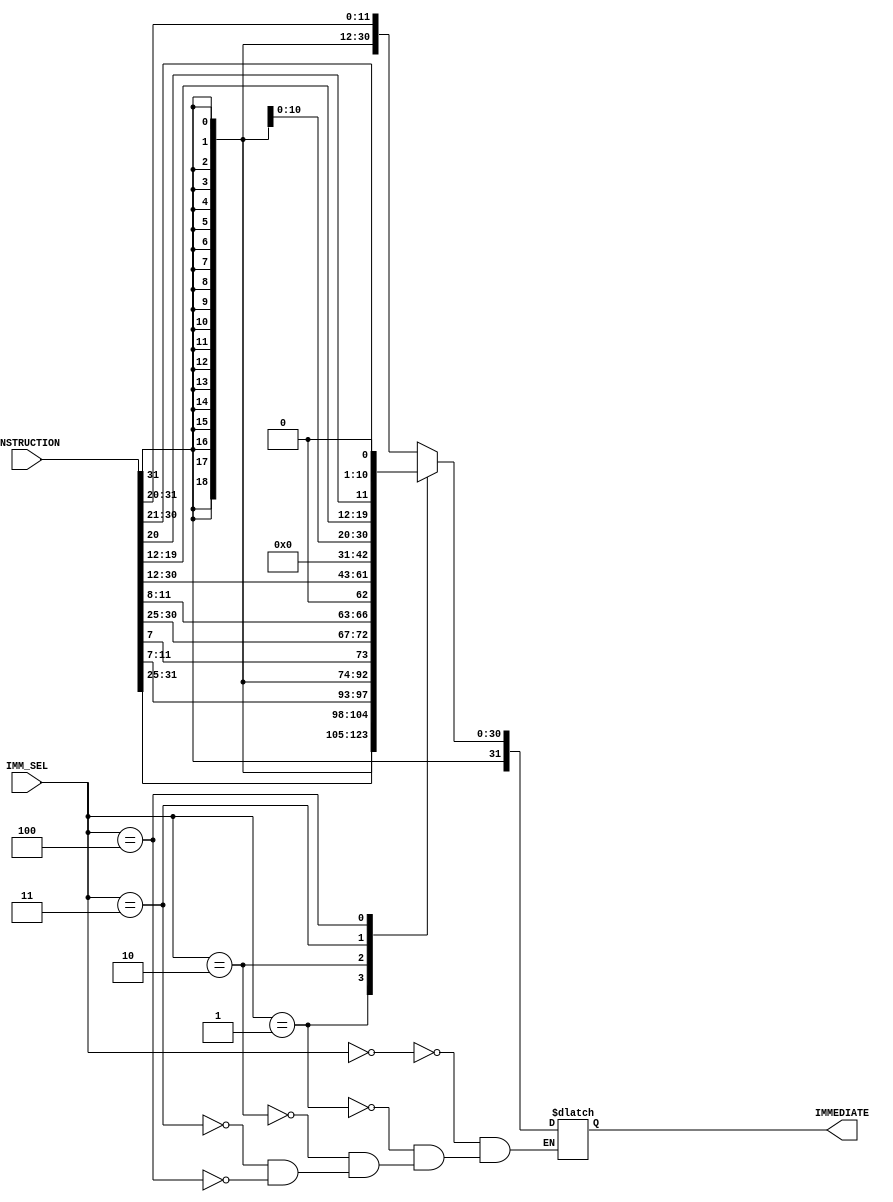
/*
    Immediate selection and sign extend Unit for RV32IM processor
*/
module Immediate_encoder (
    input [31:0] INSTRUCTION,
    input [2:0] IMM_SEL,

    output reg [31:0] IMMEDIATE
);

    always @(*) begin
        #3;
        case (IMM_SEL)
            3'b000: IMMEDIATE = {{21{INSTRUCTION[31]}}, INSTRUCTION[30:20]}; // I_type
            3'b001: IMMEDIATE = {{21{INSTRUCTION[31]}}, {INSTRUCTION[30:25], INSTRUCTION[11:7]}}; // S_type
            3'b010: IMMEDIATE = {{20{INSTRUCTION[31]}}, INSTRUCTION[7], INSTRUCTION[30:25], INSTRUCTION[11:8], {1'b0}}; // B_type
            3'b011: IMMEDIATE = {INSTRUCTION[31:12], {12{1'b0}}}; // U_type
            3'b100: IMMEDIATE = {{12{INSTRUCTION[31]}}, INSTRUCTION[19:12], INSTRUCTION[20], INSTRUCTION[30:21], {1'b0}}; // J_type
        endcase
    end

endmodule